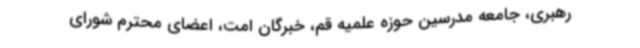
رهبری، جامعه مدرسین حوزه علمیه قم، خبرگان امت، اعضای محترم شورای